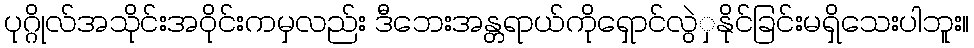
ပုဂ္ဂိုလ်အသိုင်းအဝိုင်းကမှလည်း ဒီဘေးအန္တရာယ်ကိုရှောင်လွဲှနိုင်ခြင်းမရှိသေးပါဘူး။